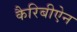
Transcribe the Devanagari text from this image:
कैरिबीऐन